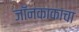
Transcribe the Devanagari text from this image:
जॉनकाकाचा